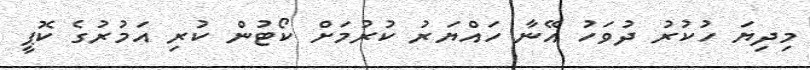
މިދިޔަ ހުކުރު ދުވަހު އޭނާ ހައްޔަރު ކުރުމަށް ކޯޓުން ކުރި އަމުރުގެ ކޮޕީ